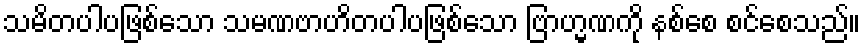
သမိတပါပဖြစ်သော သမဏဗာဟိတပါပဖြစ်သော ဗြာဟ္မဏကို နစ်စေ စင်စေသည်။